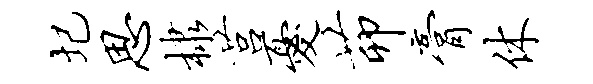
圮思棣莒忧茆膏休